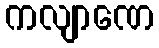
ကလျာဏေ